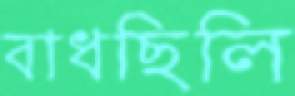
বাধছিলি